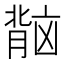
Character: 𬛏